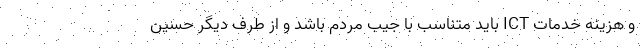
و هزینه خدمات ICT باید متناسب با جیب مردم باشد و از طرف دیگر حسین